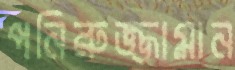
পনিরুজ্জামান